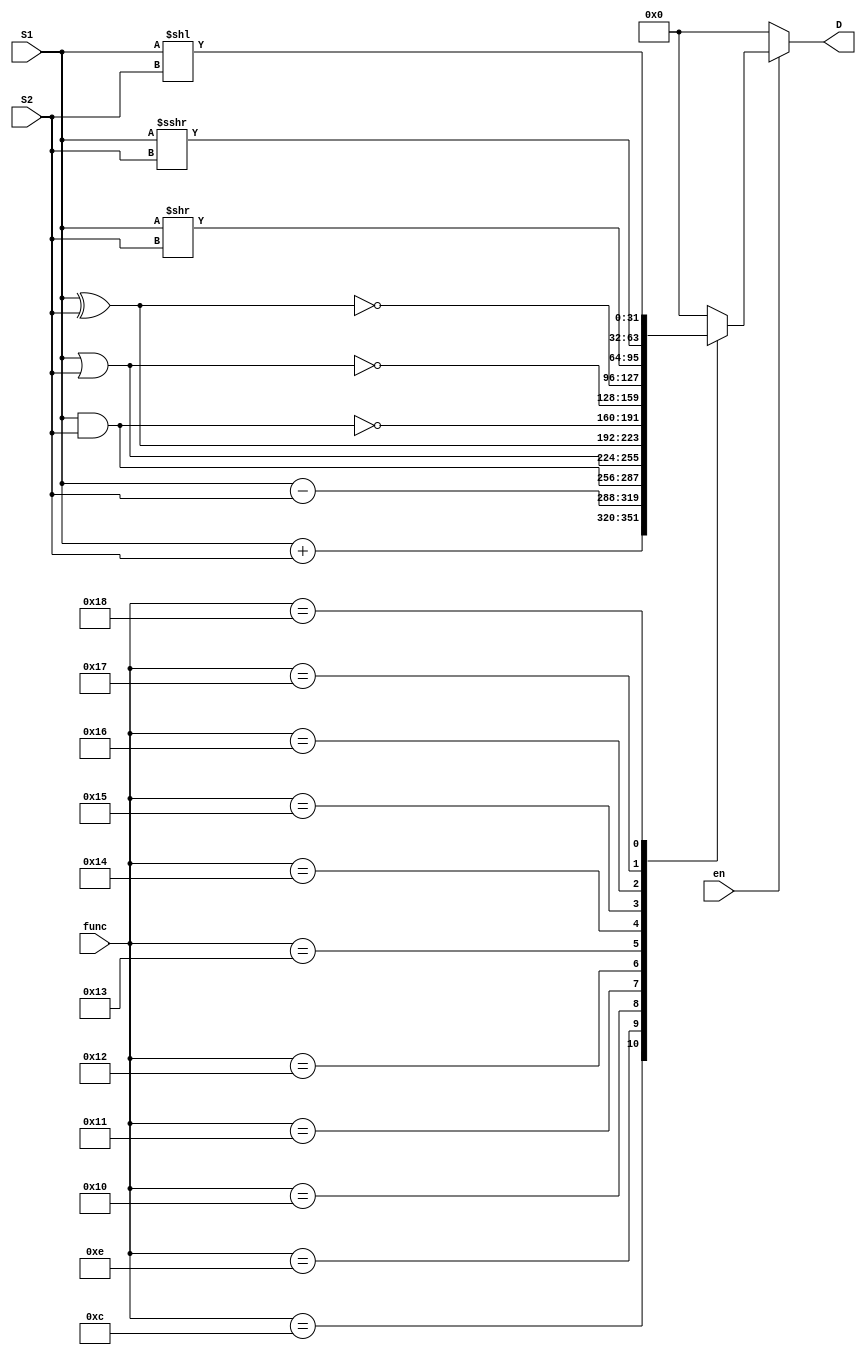
module alu #(
    parameter data_width = 32
)(
    input [data_width-1 : 0] S1,
    input [data_width-1 : 0] S2,
    input en,
    input [4:0] func,
    output reg [data_width-1 : 0] D
);

integer val;
integer i;

always @(*) begin
    if(en)
        case(func)
            5'b01_100: D = $signed(S1) + $signed(S2);
            5'b01_101: D = 0;//ADDF
            5'b01_110: D = $signed(S1) - $signed(S2);
            5'b01_111: D = 0;//SUBF
            5'b10_000: D = S1 & S2;
            5'b10_001: D = S1 | S2;
            5'b10_010: D = S1 ^ S2;
            5'b10_011: D = ~(S1 & S2);
            5'b10_100: D = ~(S1 | S2);
            5'b10_101: D = ~(S1 ^ S2);
            5'b10_110: D = S1 >> S2;
//            5'b10_111: begin            // for this instr, S1==D
//                           val = S2[4:0];    // bits to ASHR
//                           D = {data_width{1'b1}};
//                           D = S1 >> val;*/
//                           //D = {{val{1'b1}}, S1[data_width-1 : val]};
//                           // // first try, defective
//                           //for(i=data_width-1;  i >= data_width-val;  i=i-1)
//                           //    D[i] <= 1;
//                           //for(i=0; i<data_width-val; i=i+1)
//                           //    D[data_width-val-1-i] <= S1[data_width-1-i];*/
//                       //end
            5'b10_111: D = $signed(S1) >>> $signed(S2);
            5'b11_000: D = S1 << S2;
            default: D = 0;
        endcase
    else
        D = 0;
end

endmodule